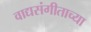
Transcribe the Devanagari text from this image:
वाद्यसंगीताच्या